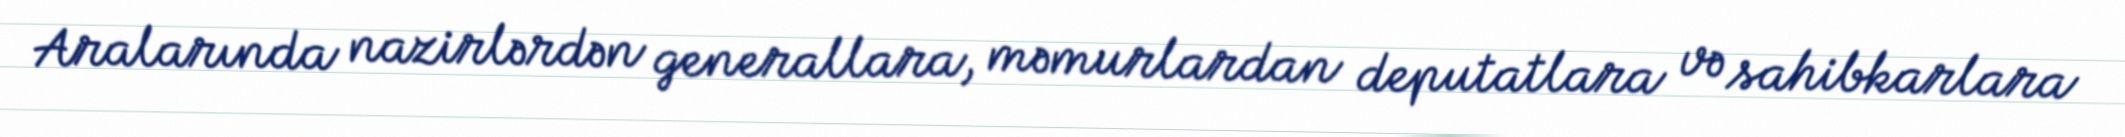
Aralarında nazirlərdən generallara, məmurlardan deputatlara və sahibkarlara